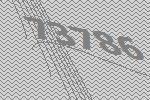
73786